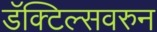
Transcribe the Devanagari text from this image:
डॅक्टिल्सवरुन